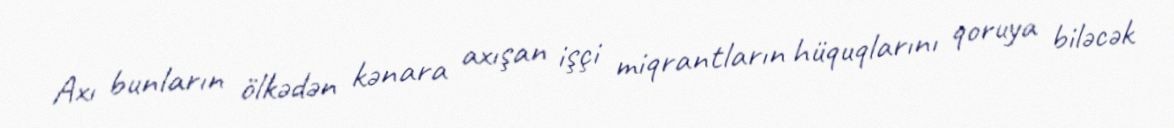
Axı bunların ölkədən kənara axışan işçi miqrantların hüquqlarını qoruya biləcək